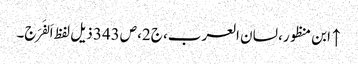
↑ ابن منظور، لسان العرب، ج2، ص343 ذیل لفظ اَلفَرَج۔